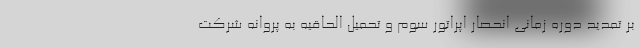
بر تمدید دوره زمانی انحصار اپراتور سوم و تحمیل الحاقیه به پروانه شرکت